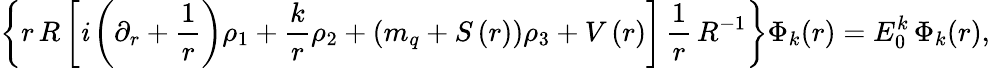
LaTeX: \left\{ {r\, R\left[\mathit{i}\left({\partial_{r}+{\frac{{1}}{{r}}}}\right)\rho_{1}+{\frac{{k}}{{r}}}\rho_{2}+\left({m_{q}+S\left(r\right)}\right)\rho_{3}+V\left(r\right)\right]\, {\frac{{1}}{{r}}}\, R^{-1}}\right\} \Phi_{k}(r)=E_{0}^{k}\, \Phi_{k}(r),